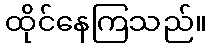
ထိုင်နေကြသည်။